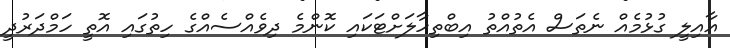
އާއިލީ ގުޅުމެއް ނެތަސް އެތުއްތު އިބްތިހާލަށްޓަކައި ކޮންމެ ދިވެއްސެއްގެ ހިތުގައި އޮތީ ހަމްދަރުދީ